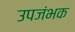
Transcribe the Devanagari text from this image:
उपजंभक